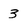
Character: 3